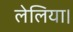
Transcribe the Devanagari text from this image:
लेलिया।